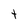
Character: t